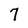
Character: 7